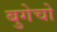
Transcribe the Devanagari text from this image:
बुगेचो